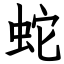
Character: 蛇